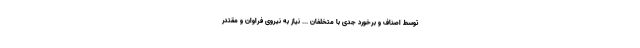
توسط اصناف و برخورد جدی با متخلفان ... نیاز به نیروی فراوان و مقتدر